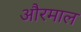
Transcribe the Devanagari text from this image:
औरमाल